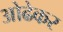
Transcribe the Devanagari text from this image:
ओढेकर